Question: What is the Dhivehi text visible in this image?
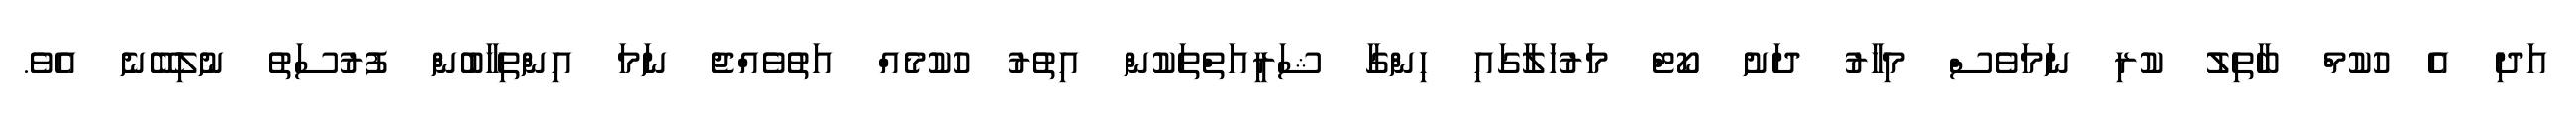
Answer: އަދި އެ ހުކުމް ބާތިލު ކުރި ނަމަވެސް މިހާރު ދަށު ކޯޓް މަރުހަލާގައި ހިންގާ ޝަރީއަތްތަކުން އިތުރު ހުކުމެއް އަތުވެއްޖެ ނަމަ އިންތިހާބުން ފުރުސަތު ނުލިބޭނެ އެވެ.